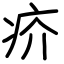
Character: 疥